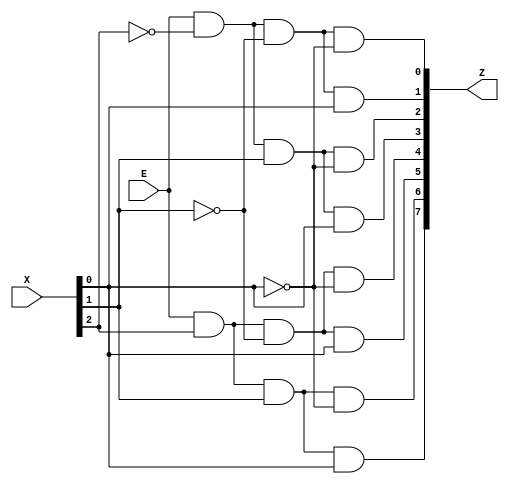
`timescale 1ns / 1ps
//////////////////////////////////////////////////////////////////////////////////
// ECE425L LAB #1, Problem 1
// Purpose: Develope a Verilog structural model for a 16-bit 2-to-1 MUX and a 3-to-8
//          decoder includeing ENABLE signals. Develop a testbench, perofrm a waveform
//          simulation, and demonstrate the output to the Instructor.

// Variables:
//          E : Enable Input
//          S : Selecting Input
//          X = X2X1X0 : 3 bit input  
//          Z : 8 possile outputs, so 8 bit output 

//////////////////////////////////////////////////////////////////////////////////

//                  Enable,Input(3b),Output(8b)                
module Decoder_3to8(E     ,X        ,Z);
    input E;
    input [2:0] X;
    output [7:0] Z;
    
    // Structural gate logic
    //  outputs
    and A0(Z[0],E,~X[2],~X[1],~X[0]);
    and A1(Z[1],E,~X[2],~X[1], X[0]);
    and A2(Z[2],E,~X[2], X[1],~X[0]);
    and A3(Z[3],E,~X[2], X[1], X[0]);
    and A4(Z[4],E, X[2],~X[1],~X[0]);
    and A5(Z[5],E, X[2],~X[1], X[0]);
    and A6(Z[6],E, X[2], X[1],~X[0]);
    and A7(Z[7],E, X[2], X[1], X[0]);
endmodule